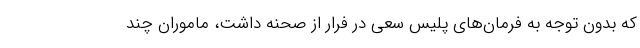
که بدون توجه به فرمان‌های پلیس سعی در فرار از صحنه داشت، ماموران چند